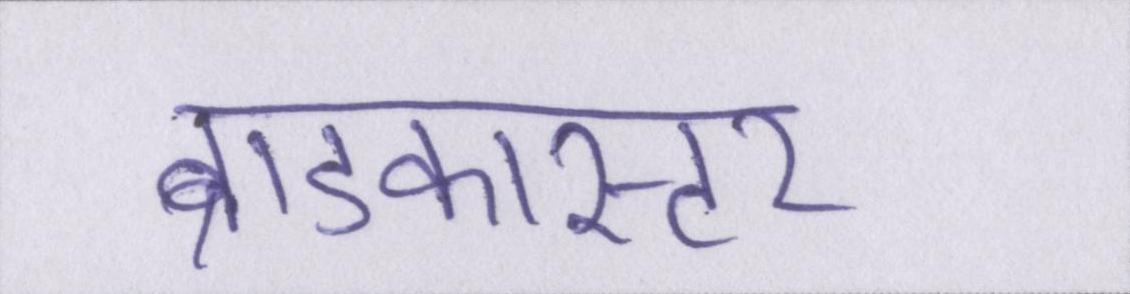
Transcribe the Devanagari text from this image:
ब्राडकास्टर